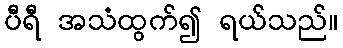
ပီရီ အသံထွက်၍ ရယ်သည်။